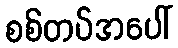
စစ်တပ်အပေါ်